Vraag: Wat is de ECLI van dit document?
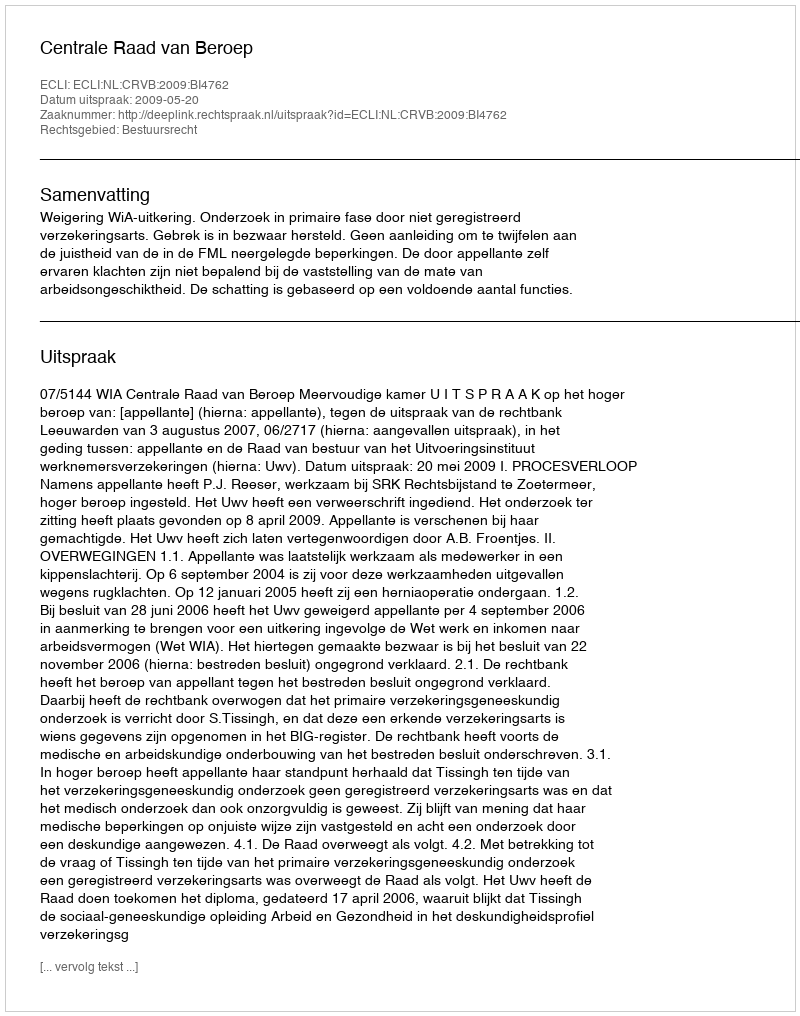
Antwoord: ECLI:NL:CRVB:2009:BI4762